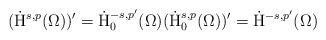
LaTeX: \begin{align*} (\dot{\mathrm{H}}^{s,p}(\Omega))' = \dot{\mathrm{H}}^{-s,p'}_0(\Omega) (\dot{\mathrm{H}}^{s,p}_0(\Omega))' = \dot{\mathrm{H}}^{-s,p'}(\Omega)\end{align*}